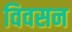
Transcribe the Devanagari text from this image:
विवसन